Plague in India, 1896, 1897 - Volume 1
Year: 1896
Disease focus: Plague
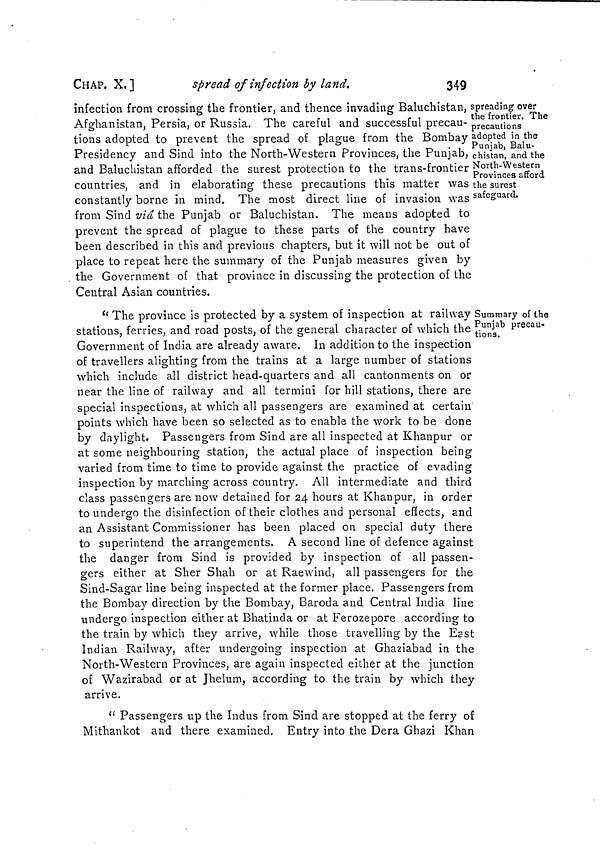
CHAP. X.]
spread of infection by land.
349
spreading over
the frontier. The
precautions
adopted in the
Punjab, Balu-
chistan, and the
North-Western
Provinces afford
the surest
safeguard.
infection from crossing the frontier, and thence invading Baluchistan,
Afghanistan, Persia, or Russia. The careful and successful precau-
tions adopted to prevent the spread of plague from the Bombay
Presidency and Sind into the North-Western Provinces, the Punjab,
and Baluchistan afforded the surest protection to the trans-frontier
countries, and in elaborating these precautions this matter was
constantly borne in mind. The most direct line of invasion was
from Sind via the Punjab or Baluchistan. The means adopted to
prevent the spread of plague to these parts of the country have
been described in this and previous chapters, but it will not be out of
place to repeat here the summary of the Punjab measures given by
the Government of that province in discussing the protection of the
Central Asian countries.
Summary of the
Punjab precau-
tions.
" The province is protected by a system of inspection at railway
stations, ferries, and road posts, of the general character of which the
Government of India are already aware. In addition to the inspection
of travellers alighting from the trains at a large number of stations
which include all district head-quarters and all cantonments on or
near the line of railway and all termini for hill stations, there are
special inspections, at which all passengers are examined at certain
points which have been so selected as to enable the work to be done
by daylight. Passengers from Sind are all inspected at Khanpur or
at some neighbouring station, the actual place of inspection being
varied from time to time to provide against the practice of evading
inspection by marching across country. All intermediate and third
class passengers are now detained for 24 hours at Khanpur, in order
to undergo the disinfection of their clothes and personal effects, and
an Assistant Commissioner has been placed on special duty there
to superintend the arrangements. A second line of defence against
the danger from Sincl is provided by inspection of all passen-
gers either at Sher Shah or at Raewind, all passengers for the
Sind-Sagar line being inspected at the former place. Passengers from
the Bombay direction by the Bombay, Baroda and Central India line
undergo inspection either at Bhatinda or at Ferozepore according to
the train by which they arrive, while those travelling by the East
Indian Railway, after undergoing inspection at Ghaziabad in the
North-Western Provinces, are again inspected either at the junction
of Wazirabad or at Jhelum, according to the train by which they
arrive.
" Passengers up the Indus from Sind are stopped at the ferry of
Mithankot and there examined. Entry into the Dera Ghazi Khan